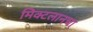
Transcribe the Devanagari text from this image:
मिक्टलानचा